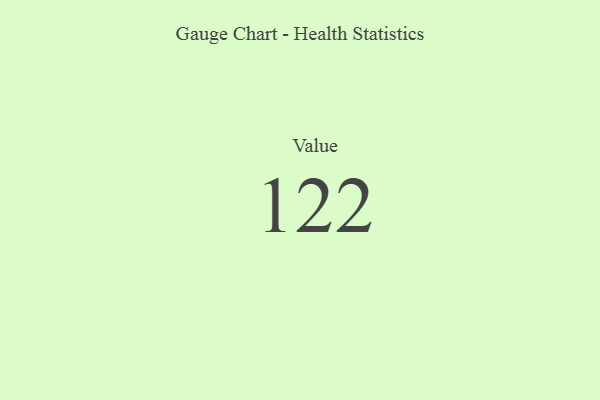
{"axis": {"x": "Metric", "y": "Value"}, "legend": [""], "data": [{"x": "Value", "y": 122, "type": ""}]}